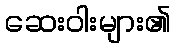
ဆေးဝါးများ၏